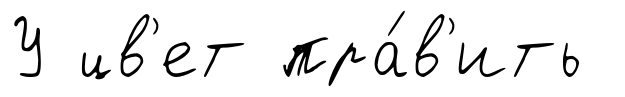
У цв'ет пра́в'ить